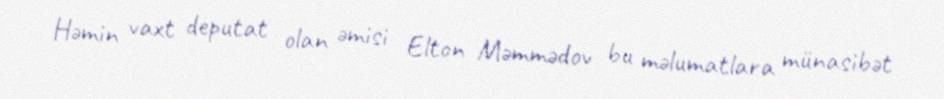
Həmin vaxt deputat olan əmisi Elton Məmmədov bu məlumatlara münasibət